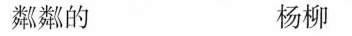
粼粼的 杨柳